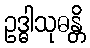
ဥဒ္ဓါသုဓန္တိ